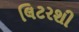
લિટરશી